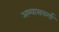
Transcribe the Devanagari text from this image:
अभ्यासवर्गा